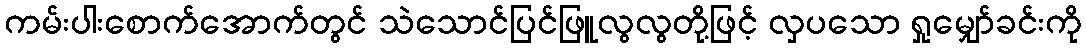
ကမ်းပါးစောက်အောက်တွင် သဲသောင်ပြင်ဖြူလွလွတို့ဖြင့် လှပသော ရှုမျှော်ခင်းကို